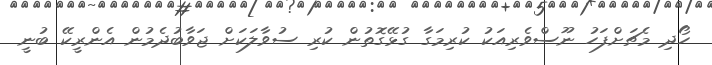
ހޯދި މެޗަށްފަހު ނޫސްވެރިއަކު ކުރިމަގާ ގުޅޭގޮތުން ކުރި ސުވާލަކަށް ޖަވާބުދެމުން އެންރީކޭ ބުނީ